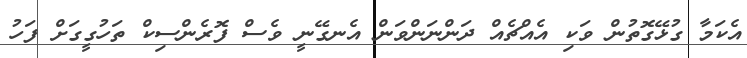
އެކަމާ ގުޅޭގޮތުން ވަކި އެއްޗެއް ދަންނަންވަން އެނގޭނީ ވެސް ފޮރެންސިކް ތަހުގީގަށް ފަހު